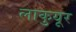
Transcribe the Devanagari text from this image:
लाकुयूर